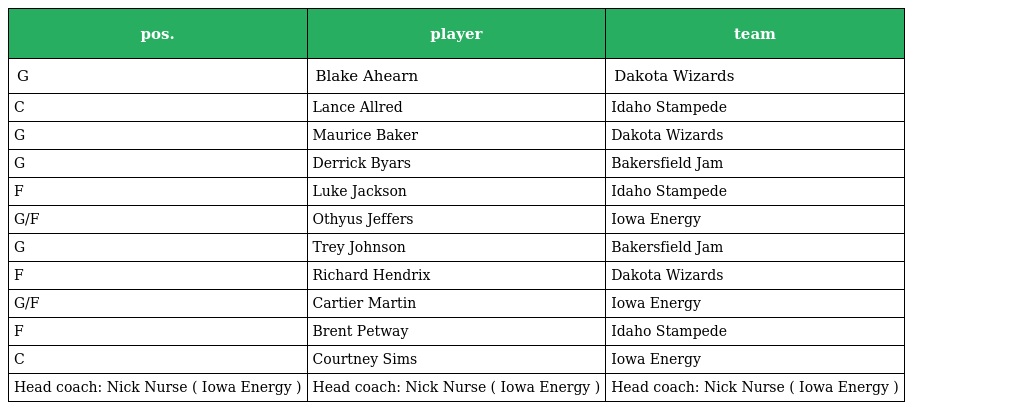
| pos. | player | team |
 | --- | --- | --- |
 | G | Blake Ahearn | Dakota Wizards |
 | C | Lance Allred | Idaho Stampede |
 | G | Maurice Baker | Dakota Wizards |
 | G | Derrick Byars | Bakersfield Jam |
 | F | Luke Jackson | Idaho Stampede |
 | G/F | Othyus Jeffers | Iowa Energy |
 | G | Trey Johnson | Bakersfield Jam |
 | F | Richard Hendrix | Dakota Wizards |
 | G/F | Cartier Martin | Iowa Energy |
 | F | Brent Petway | Idaho Stampede |
 | C | Courtney Sims | Iowa Energy |
 | Head coach: Nick Nurse ( Iowa Energy ) | Head coach: Nick Nurse ( Iowa Energy ) | Head coach: Nick Nurse ( Iowa Energy ) |